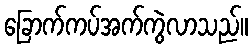
ခြောက်ကပ်အက်ကွဲလာသည်။